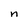
Character: n